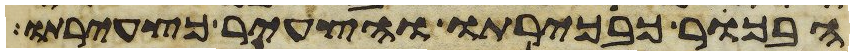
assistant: הבכור כבכירתו והצעיר כצעירתו